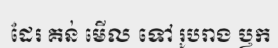
ដែរ គន់ មើល ទៅ រូបរាង ឫក